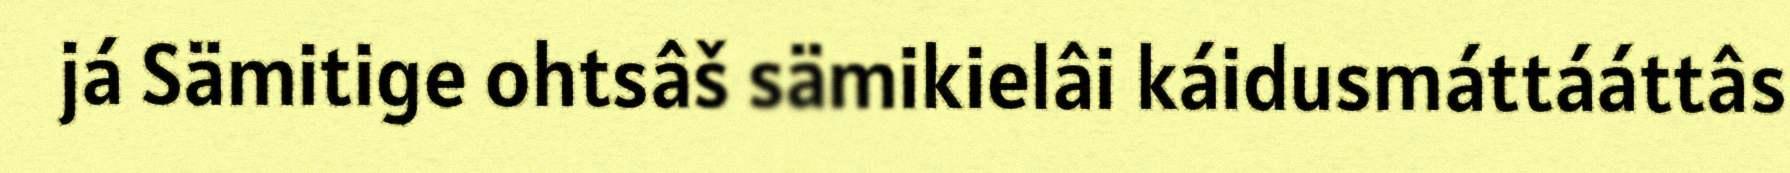
já Sämitige ohtsâš sämikielâi káidusmáttááttâs